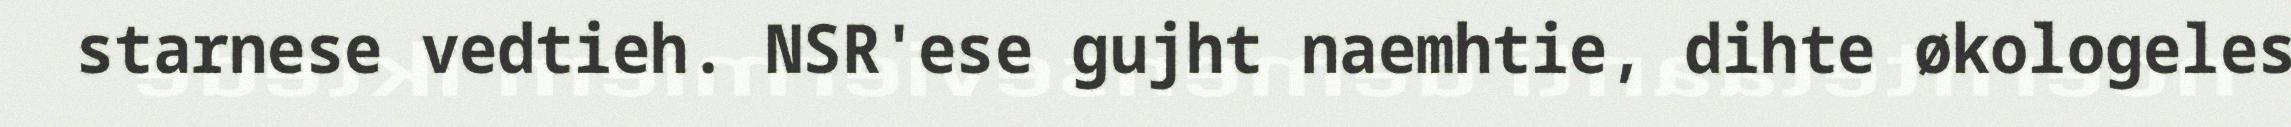
starnese vedtieh. NSR'ese gujht naemhtie, dihte økologeles